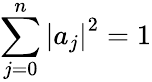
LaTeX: \sum_{j=0}^{n}\left|a_{j}\right|^{2}=1